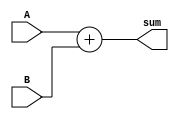
module Adder(
    input wire A,
    input wire B,
    output wire sum
);

assign sum = A + B;

endmodule